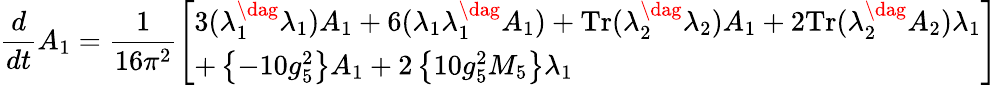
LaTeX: \frac{d}{dt}A_{1}=\frac{1}{16\pi^{2}}\left[\begin{array}{lll}{{3(\lambda_{1}^{\dag}\lambda_{1})A_{1}+6(\lambda_{1}\lambda_{1}^{\dag}A_{1})+\mathrm{{Tr}}(\lambda_{2}^{\dag}\lambda_{2})A_{1}+2{\mathrm{Tr}}(\lambda_{2}^{\dag}A_{2})\lambda_{1}}}\\ {{+\left\{ -10g_{5}^{2}\right\} A_{1}+2\left\{ 10g_{5}^{2}M_{5}\right\} \lambda_{1}}}\end{array}\right]